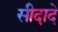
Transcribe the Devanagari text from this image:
सीदादे